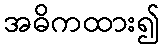
အဓိကထား၍